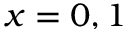
x = 0 , 1